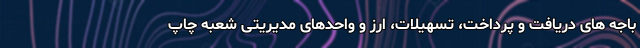
باجه های دریافت و پرداخت، تسهیلات، ارز و واحدهای مدیریتی شعبه چاپ